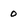
Character: 0